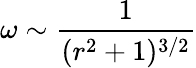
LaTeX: \omega\sim\frac{1}{(r^{2}+1)^{3/2}}